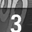
Digit: 3